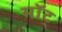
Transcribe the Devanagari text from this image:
माॅट्